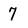
Character: 7